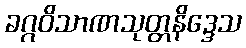
ခဂ္ဂဝိသာဏသုတ္တနိဒ္ဒေသ